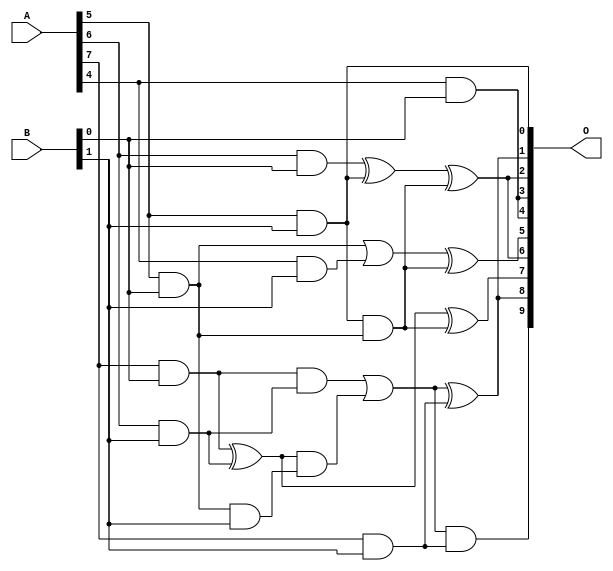
/***
* This code is a part of EvoApproxLib library (ehw.fit.vutbr.cz/approxlib) distributed under The MIT License.
* When used, please cite the following article(s): V. Mrazek, L. Sekanina, Z. Vasicek "Libraries of Approximate Circuits: Automated Design and Application in CNN Accelerators" IEEE Journal on Emerging and Selected Topics in Circuits and Systems, Vol 10, No 4, 2020 
* This file contains a circuit from a sub-set of pareto optimal circuits with respect to the pwr and mse parameters
***/
// MAE% = 0.83 %
// MAE = 8.5 
// WCE% = 4.39 %
// WCE = 45 
// WCRE% = 100.00 %
// EP% = 71.78 %
// MRE% = 11.82 %
// MSE = 168 
// PDK45_PWR = 0.012 mW
// PDK45_AREA = 47.4 um2
// PDK45_DELAY = 0.30 ns

module mul8x2u_01H (
    A,
    B,
    O
);

input [7:0] A;
input [1:0] B;
output [9:0] O;

wire sig_15,sig_16,sig_17,sig_21,sig_22,sig_23,sig_24,sig_25,sig_43,sig_44,sig_45,sig_46,sig_48,sig_51,sig_53,sig_54,sig_55,sig_56,sig_57,sig_58;
wire sig_59;

assign sig_15 = A[5] & B[0];
assign sig_16 = A[6] & B[0];
assign sig_17 = A[7] & B[0];
assign sig_21 = A[4] & B[0];
assign sig_22 = A[4] & B[1];
assign sig_23 = A[5] & B[1];
assign sig_24 = A[6] & B[1];
assign sig_25 = A[7] & B[1];
assign sig_43 = sig_15 | sig_22;
assign sig_44 = sig_15 & B[1];
assign sig_45 = sig_23 & sig_15;
assign sig_46 = sig_43 ^ sig_45;
assign sig_48 = sig_16 ^ sig_23;
assign sig_51 = sig_48 ^ sig_45;
assign sig_53 = sig_17 ^ sig_24;
assign sig_54 = sig_17 & sig_24;
assign sig_55 = sig_53 & sig_44;
assign sig_56 = sig_53 ^ sig_45;
assign sig_57 = sig_54 | sig_55;
assign sig_58 = sig_57 & sig_25;
assign sig_59 = sig_57 ^ sig_25;

assign O[9] = sig_58;
assign O[8] = sig_59;
assign O[7] = sig_56;
assign O[6] = sig_51;
assign O[5] = sig_46;
assign O[4] = sig_21;
assign O[3] = sig_21;
assign O[2] = sig_51;
assign O[1] = sig_59;
assign O[0] = sig_23;

endmodule